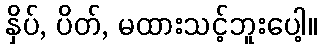
နှိပ်, ပိတ်, မထားသင့်ဘူးပေါ့။